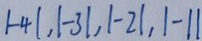
\vert - 4 \vert , \vert - 3 \vert , \vert - 2 \vert , \vert - 1 \vert